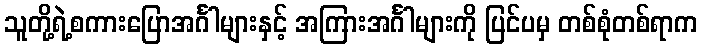
သူတို့ရဲ့စကားပြောအင်္ဂါများနှင့် အကြားအင်္ဂါများကို ပြင်ပမှ တစ်စုံတစ်ရာက